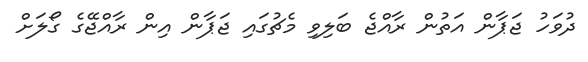
ދުވަހު ޖަޕާން އަތުން ރާއްޖެ ބަލިވި މެޗުގައި ޖަޕާން އިން ރާއްޖޭގެ ގޯލަށް